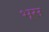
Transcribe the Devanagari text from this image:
भूस